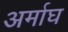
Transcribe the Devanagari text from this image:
अर्माघ